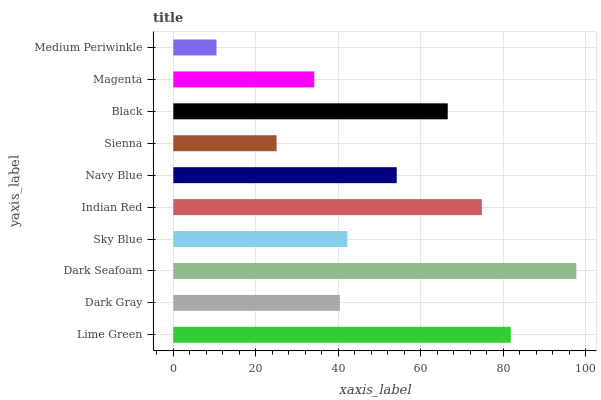
| yaxis_label | bars |
 | --- | --- |
 | Lime Green | 81.8 |
 | Dark Gray | 40.4 |
 | Dark Seafoam | 97.7 |
 | Sky Blue | 42.2 |
 | Indian Red | 74.8 |
 | Navy Blue | 54.2 |
 | Sienna | 25 |
 | Black | 66.5 |
 | Magenta | 34.2 |
 | Medium Periwinkle | 10.5 |